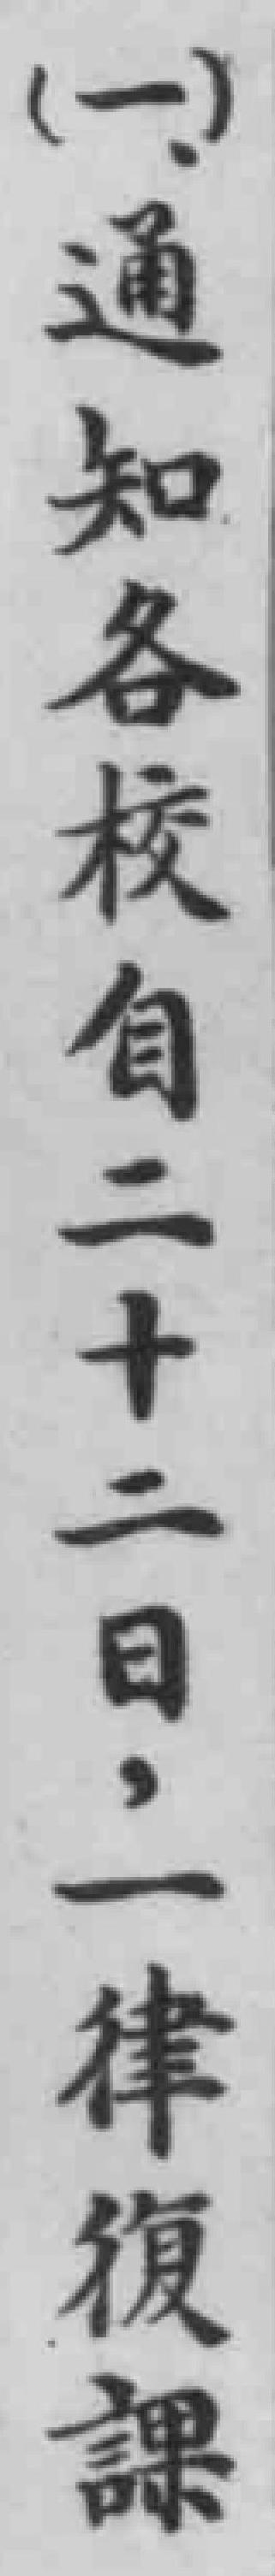
（一）通知各校自二十二日，一律復課